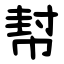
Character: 幇